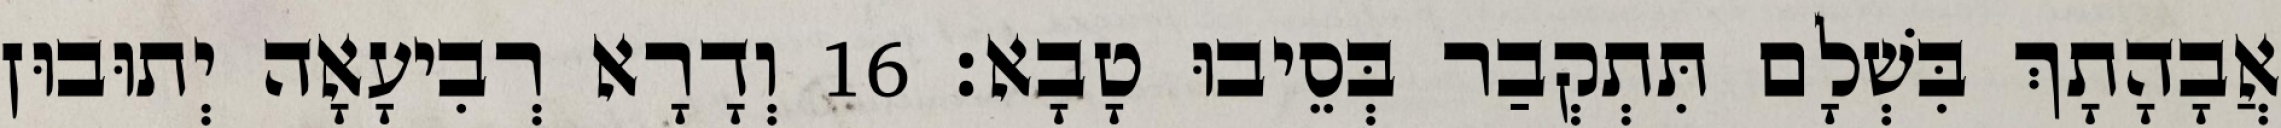
אֲבָהָתָךְ בִּשְׁלָם תִּתְקְבַר בְּסֵיבוּ טָבָא׃ 16 וְדָרָא רְבִיעָאָה יְתוּבוּן